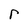
Character: r